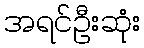
အရင်ဦးဆုံး